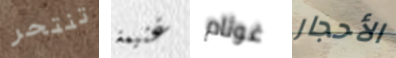
تنتحر غنيمة غوثام الأحجار